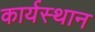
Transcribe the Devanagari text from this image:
कार्यस्‍थान